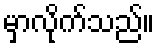
မှာလိုက်သည်။